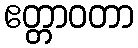
ဧတ္တာဝတာ